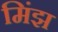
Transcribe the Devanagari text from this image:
मिंझ